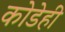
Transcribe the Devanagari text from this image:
कोडेही